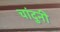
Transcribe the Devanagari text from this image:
चांदुनी